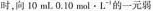
时，向10mL。0.10mol·L。1的一元弱